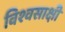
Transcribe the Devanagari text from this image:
विश्वसाक्षी